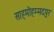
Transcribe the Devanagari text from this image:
साहमोहम्मदपुर